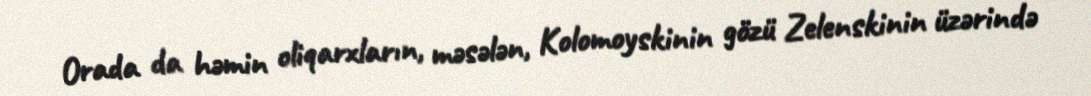
Orada da həmin oliqarxların, məsələn, Kolomoyskinin gözü Zelenskinin üzərində